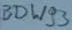
Text: BDW93